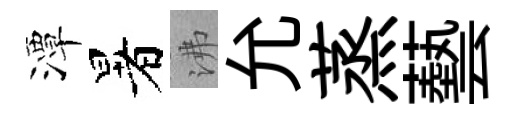
潭暑沸允蒸藝